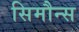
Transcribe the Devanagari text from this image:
सिमौन्स